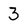
Character: 3